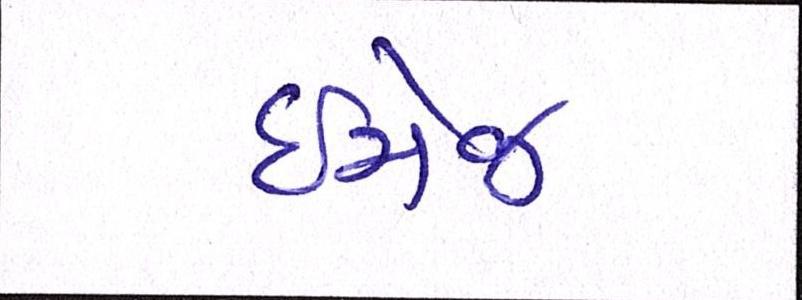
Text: ઇમેજ